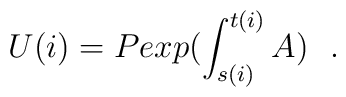
U(i) = P exp (\int_{s(i)}^{t(i)}A)\ \ .